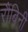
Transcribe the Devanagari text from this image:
रौबिनी